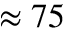
\approx 7 5